Lunatic asylums in Bengal annual reports 1912-1924 - 1912-1924
Year: 1912
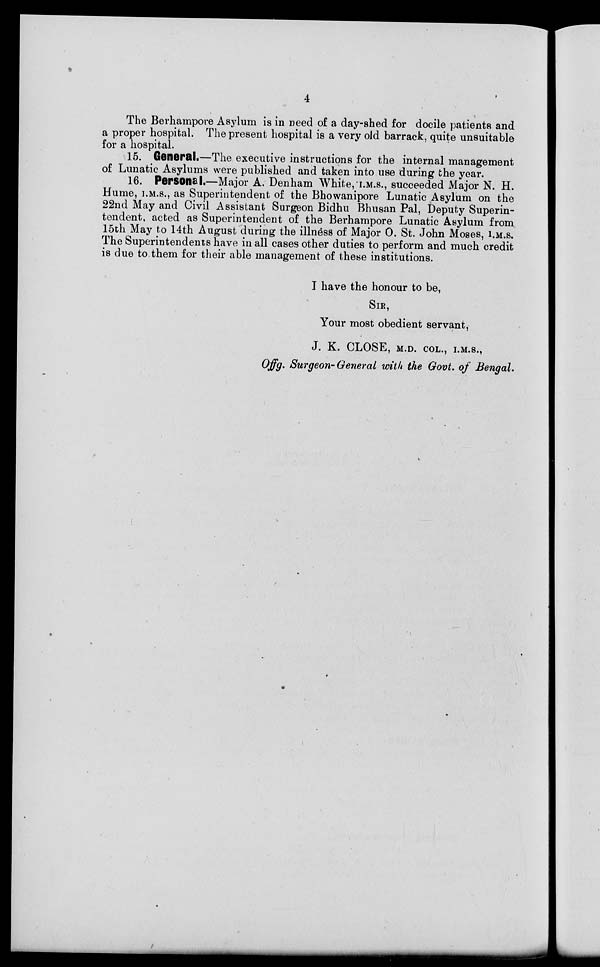
4
The Berhampore Asylum is in need of a day-shed for docile patients and
a proper hospital. The present hospital is a very old barrack, quite unsuitable
for a hospital.
15. General.—The executive instructions for the internal management
of Lunatic Asylums were published and taken into use during the year.
16. Personal.—Major A. Denham White, I.M.S., succeeded Major N. H.
Hume, I.M.S., as Superintendent of the Bhowanipore Lunatic Asylum on the
22nd May and Civil Assistant Surgeon Bidhu Bhusan Pal, Deputy Superin-
tendent, acted as Superintendent of the Berhampore Lunatic Asylum from
15th May to 14th August during the illness of Major 0. St. John Moses, I.M.S.
The Superintendents have in all cases other duties to perform and much credit
is due to them for their able management of these institutions.
I have the honour to be,
SIR,
Your most obedient servant,
J. K. CLOSE, M.D. COL., I.M.S.,
Offg. Surgeon-General with the Govt, of Bengal.